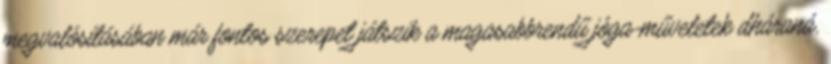
megvalósításában már fontos szerepet játszik a magasabbrendű jóga-műveletek dháraná,